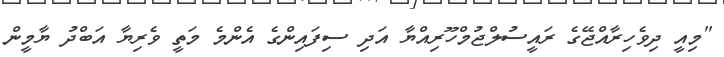
"މިއީ ދިވެހިރާއްޖޭގެ ރައީސުލްޖުމްހޫރިއްޔާ އަދި ސިފައިންގެ އެންމެ މަތީ ވެރިޔާ އަބްދު ޔާމީން